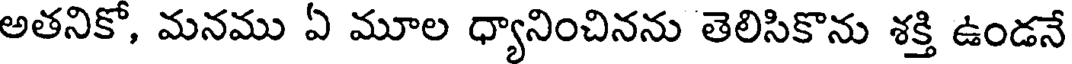
అతనికో, మనము ఏ మూల ధ్యానించినను తెలిసికొను శక్తి ఉండనే